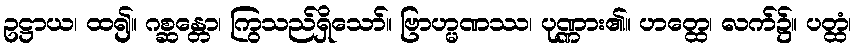
ဥဋ္ဌာယ၊ ထ၍။ ဂစ္ဆန္တော၊ ကြွသည်ရှိသော်။ ဗြာဟ္မဏဿ၊ ပုဏ္ဏား၏။ ဟတ္ထေ၊ လက်၌။ ပတ္ထံ၊